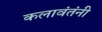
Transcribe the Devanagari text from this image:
कलावंतंनी